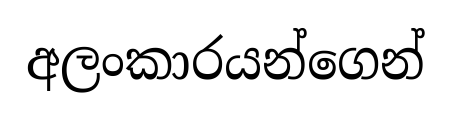
අලංකාරයන්ගෙන්